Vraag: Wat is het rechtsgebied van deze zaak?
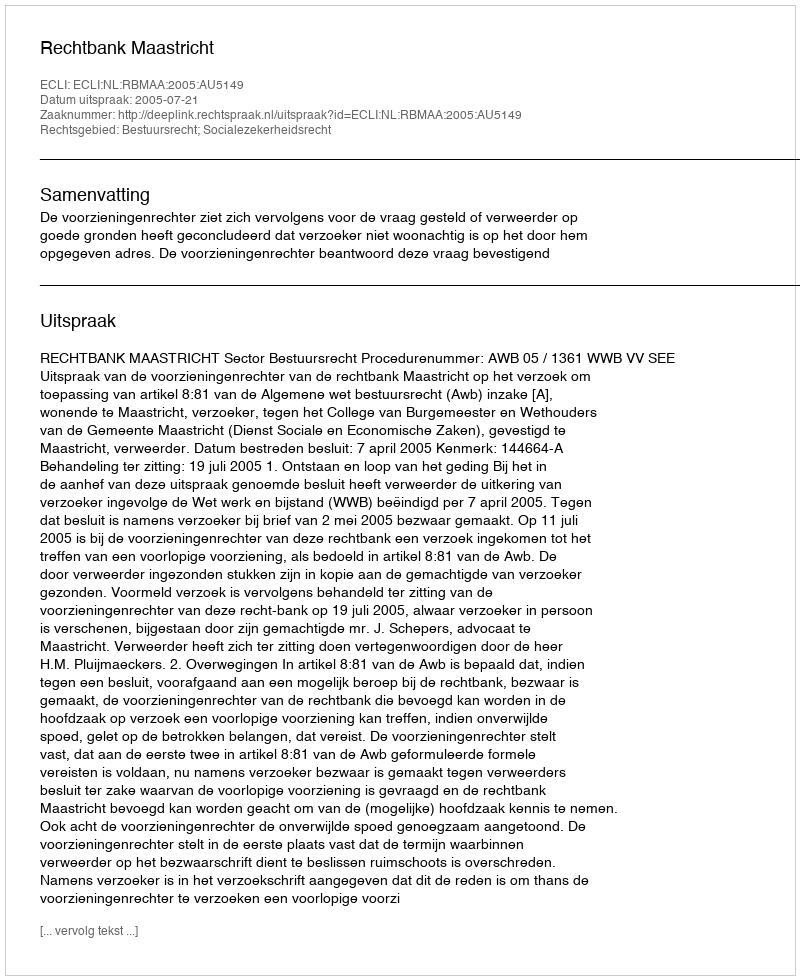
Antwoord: Bestuursrecht; Socialezekerheidsrecht